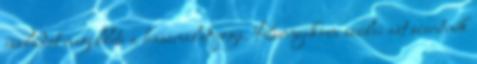
családot megilleti a használat joga. Kurnyikova szülei azt szeretnék